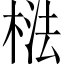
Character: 𱣰